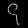
Digit: ၄